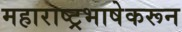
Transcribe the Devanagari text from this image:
महाराष्ट्रभाषेकरून